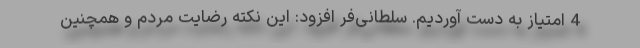
4 امتیاز به دست آوردیم. سلطانی‌فر افزود: این نکته رضایت مردم و همچنین